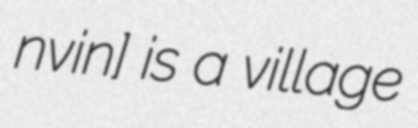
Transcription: nɔˈvinɨ] is a village